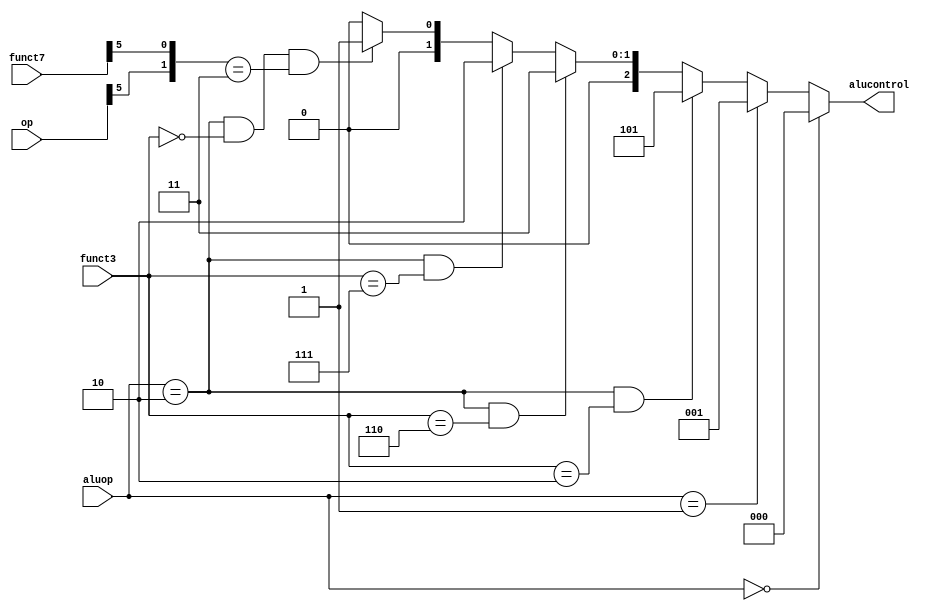
module alu_decoder(aluop,op,funct3,funct7,alucontrol);

input [6:0]op,funct7;
input [2:0] funct3;
input [1:0] aluop;

output [2:0] alucontrol;

wire [1:0] concatenation={op[5],funct7[5]};

assign alucontrol=(aluop==2'b00)?3'b000:
                  (aluop==2'b01)?3'b001:
                  ((aluop==2'b10)&(funct3==3'b010))?3'b101:
                  ((aluop==2'b10)&(funct3==3'b110))?3'b011:
                  ((aluop==2'b10)&(funct3==3'b111))?3'b010:
                  ((aluop==2'b10)&(funct3==3'b000)&(concatenation==2'b11))?3'b001:
                  ((aluop==2'b10)&(funct3==3'b000)&(concatenation!=2'b11))?3'b000:3'b000;

endmodule


/*module ALU_Decoder(ALUOp,funct3,funct7,op,ALUControl);

    input [1:0]ALUOp;
    input [2:0]funct3;
    input [6:0]funct7,op;
    output [2:0]ALUControl;

    // Method 1 
    // assign ALUControl = (ALUOp == 2'b00) ? 3'b000 :
    //                     (ALUOp == 2'b01) ? 3'b001 :
    //                     (ALUOp == 2'b10) ? ((funct3 == 3'b000) ? ((({op[5],funct7[5]} == 2'b00) | ({op[5],funct7[5]} == 2'b01) | ({op[5],funct7[5]} == 2'b10)) ? 3'b000 : 3'b001) : 
    //                                         (funct3 == 3'b010) ? 3'b101 : 
    //                                         (funct3 == 3'b110) ? 3'b011 : 
    //                                         (funct3 == 3'b111) ? 3'b010 : 3'b000) :
    //                                        3'b000;

    // Method 2
    assign ALUControl = (ALUOp == 2'b00) ? 3'b000 :
                        (ALUOp == 2'b01) ? 3'b001 :
                        ((ALUOp == 2'b10) & (funct3 == 3'b000) & ({op[5],funct7[5]} == 2'b11)) ? 3'b001 : 
                        ((ALUOp == 2'b10) & (funct3 == 3'b000) & ({op[5],funct7[5]} != 2'b11)) ? 3'b000 : 
                        ((ALUOp == 2'b10) & (funct3 == 3'b010)) ? 3'b101 : 
                        ((ALUOp == 2'b10) & (funct3 == 3'b110)) ? 3'b011 : 
                        ((ALUOp == 2'b10) & (funct3 == 3'b111)) ? 3'b010 : 
                                                                  3'b000 ;
endmodule*/